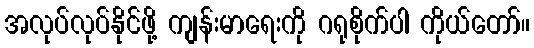
အလုပ်လုပ်နိုင်ဖို့ ကျန်းမာရေးကို ဂရုစိုက်ပါ ကိုယ်တော်။